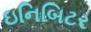
ઇનિબિટર